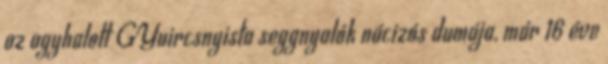
az agyhalott GYuircsnyista seggnyalók nácizós dumája, már 16 éve